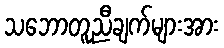
သဘောတူညီချက်များအား